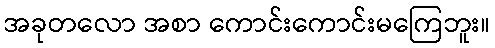
အခုတလော အစာ ကောင်းကောင်းမကြေဘူး။